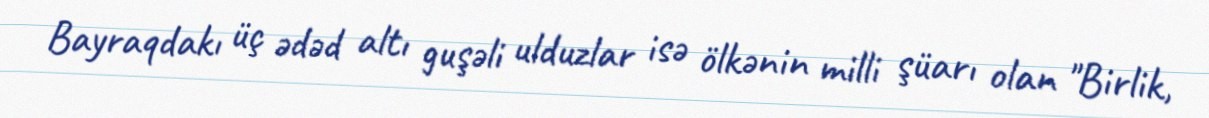
Bayraqdakı üç ədəd altı guşəli ulduzlar isə ölkənin milli şüarı olan "Birlik,